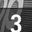
Digit: 3